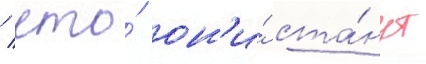
/ что́ он'и́ ста́нут